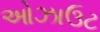
ઓઝાઉટ